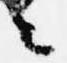
々